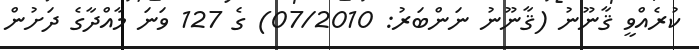
ކުރެއްވީ ޤާނޫނު (ޤާނޫނު ނަންބަރު: 07/2010) ގެ 127 ވަނަ މާއްދާގެ ދަށުން